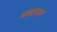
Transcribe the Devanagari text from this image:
माद्यापान